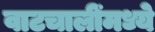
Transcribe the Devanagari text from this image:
वाटचालींमध्ये